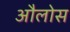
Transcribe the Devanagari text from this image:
औलोस